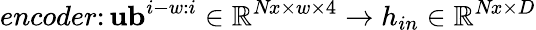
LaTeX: \textit{encoder}\colon\mathbf{ub}^{i-w:i}\in\mathbb{R}^{\textit{Nx}\times w\times 4}\to h_{in}\in\mathbb{R}^{\textit{Nx}\times D}